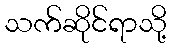
သက်ဆိုင်ရာသို့